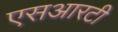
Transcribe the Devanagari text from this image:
एसआरटी